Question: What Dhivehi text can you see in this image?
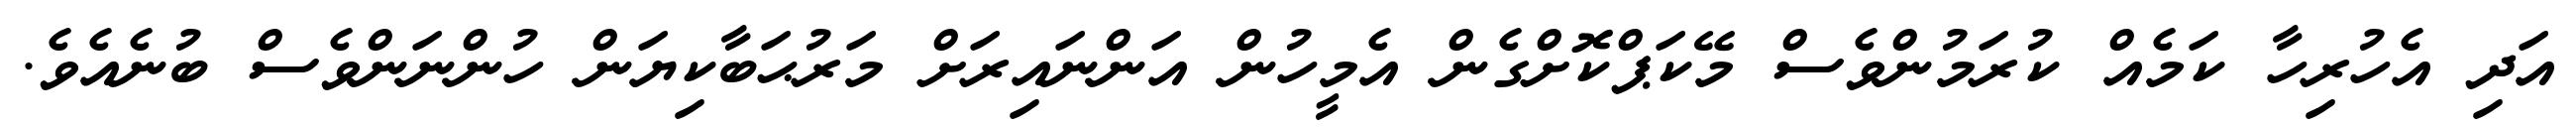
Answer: އަދި އެހުރިހާ ކަމެއް ކުރަމުންވެސް މޭކަޕްކޮށްގެން އެމީހުން އަންނައިރަށް މަރުޙަބާކިޔަން ހުންނަންވެސް ބުނެއެވެ.